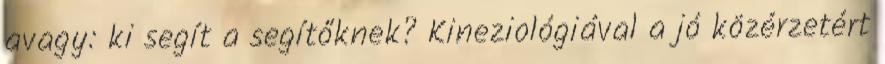
avagy: ki segít a segítőknek? Kineziológiával a jó közérzetért